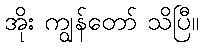
အိုး ကျွန်တော် သိပြီ။